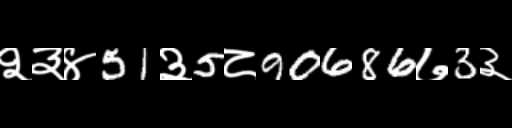
Text: २३४51३5८90686७3३